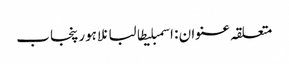
متعلقہ عنوان : اسمبلیطالبانلاہورپنجاب